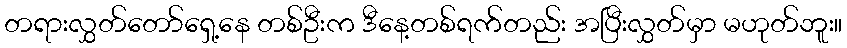
တရားလွှတ်တော်ရှေ့နေ တစ်ဦးက ဒီနေ့တစ်ရက်တည်း အပြီးလွှတ်မှာ မဟုတ်ဘူး။